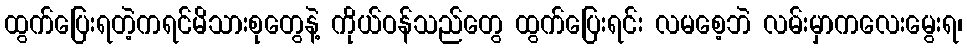
ထွက်ပြေးရတဲ့ကရင်မိသားစုတွေနဲ့ ကိုယ်ဝန်သည်တွေ ထွက်ပြေးရင်း လမစေ့ဘဲ လမ်းမှာကလေးမွေးရ၊